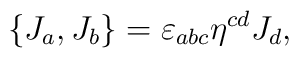
\{ J_a , J_b \} =\varepsilon_{abc}\eta^{cd}J_d ,